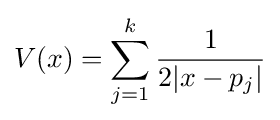
V(x)=\sum _{j=1}^{k}{\frac {1}{2|x-p_{j}|}}